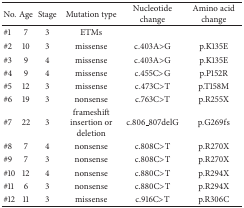
| No. | Age | Stage | Mutation type | Nucleotide change | Amino acid change |
 | --- | --- | --- | --- | --- | --- |
 | #1 | 7 | 3 | ETMs |  |  |
 | #2 | 10 | 3 | missense | c.403A>G | p.K135E |
 | #3 | 9 | 4 | missense | c.403A>G | p.K135E |
 | #4 | 9 | 4 | missense | c.455C>G | p.P152R |
 | #5 | 12 | 3 | missense | c.473C>T | p.T158M |
 | #6 | 19 | 3 | nonsense | c.763C>T | p.R255X |
 | #7 | 22 | 3 | frameshift insertion or deletion | c.806_807delG | p.G269fs |
 | #8 | 7 | 4 | nonsense | c.808C>T | p.R270X |
 | #9 | 7 | 3 | nonsense | c.808C>T | p.R270X |
 | #10 | 12 | 4 | nonsense | c.880C>T | p.R294X |
 | #11 | 6 | 3 | nonsense | c.880C>T | p.R294X |
 | #12 | 11 | 3 | missense | c.916C>T | p.R306C |